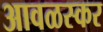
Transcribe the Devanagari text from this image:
आवळस्कर